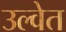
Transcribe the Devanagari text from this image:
उल्वेत